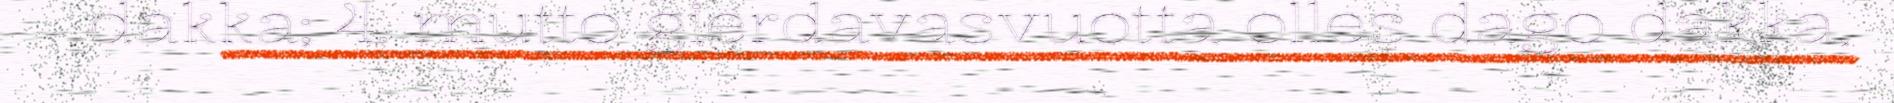
dakka; 4. mutto gierdavasvuotta olles dago dakka,